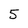
Character: 5